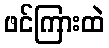
ဖင်ကြားထဲ